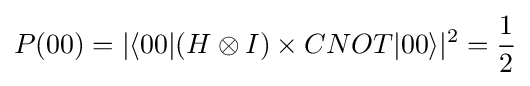
P(00)=|\langle 00|(H\otimes I)\times CNOT|00\rangle |^{2}={\frac {1}{2}}